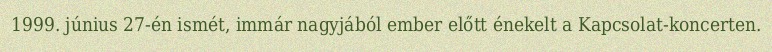
1999. június 27-én ismét, immár nagyjából ember előtt énekelt a Kapcsolat-koncerten.